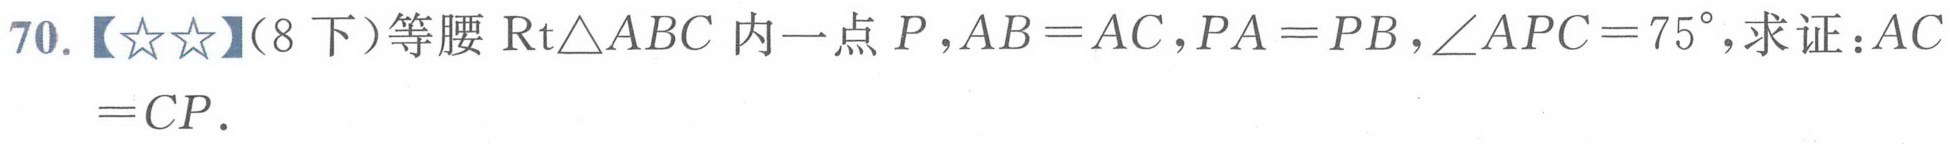
70.【★★】(8下)等腰$\text{Rt}\triangle ABC$内一点$P$,$AB = AC$,$PA = PB$,$\angle APC = 75^{\circ}$,求证:$AC = CP$.